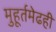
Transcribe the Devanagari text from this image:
मुहूर्तमेढही